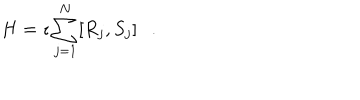
LaTeX: H = \imath \sum _ { j = 1 } ^ { N } [ R _ { j } , S _ { j } ] .